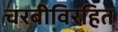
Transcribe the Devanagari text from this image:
चरबीविरहित